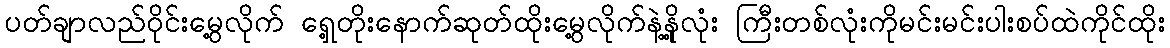
ပတ်ချာလည်ဝိုင်းမွေ့လိုက် ရှေ့တိုးနောက်ဆုတ်ထိုးမွေ့လိုက်နဲ့နို့လုံး ကြီးတစ်လုံးကိုမင်းမင်းပါးစပ်ထဲကိုင်ထိုး